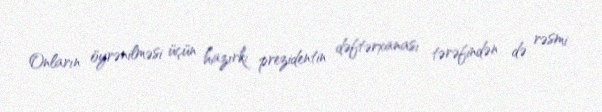
Onların öyrənilməsi üçün hazırkı prezidentin dəftərxanası tərəfindən də rəsmi